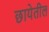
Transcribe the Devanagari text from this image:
छायेतील